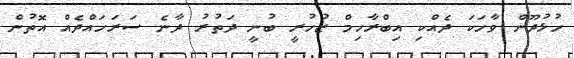
ހުޅުދޫން ވާހަކަ ދެއްކި އިބްރާހިމް ޒުހުރީ ބުނީ ދަތުރު ދާނެ ސަރަހައްދެއް އޮތުން